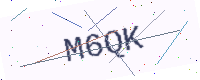
Text: M6QK